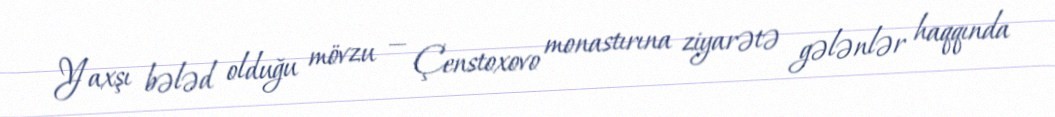
Yaxşı bələd olduğu mövzu — Çenstoxovo monastırına ziyarətə gələnlər haqqında